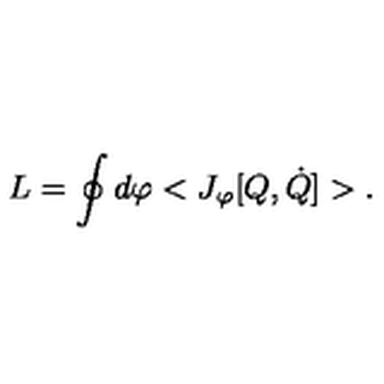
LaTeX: L = \oint d \varphi < J _ { \varphi } [ Q , \dot { Q } ] > .